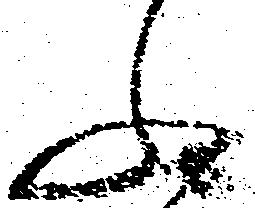
ふ